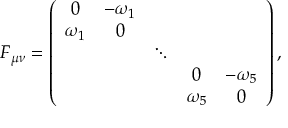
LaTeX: F _ { \mu \nu } = \left( \begin{array} { c c c c c } { { 0 } } & { { - \omega _ { 1 } } } & { { } } & { { } } & { { } } \\ { { \omega _ { 1 } } } & { { 0 } } & { { } } & { { } } & { { } } \\ { { } } & { { } } & { { \ddots } } & { { } } & { { } } \\ { { } } & { { } } & { { } } & { { 0 } } & { { - \omega _ { 5 } } } \\ { { } } & { { } } & { { } } & { { \omega _ { 5 } } } & { { 0 } } \end{array} \right) ,